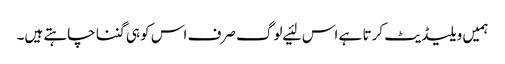
ہمیں ویلیڈیٹ کرتا ہے اس لئیے لوگ صرف اس کو ہی گننا چاہتے ہیں۔